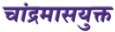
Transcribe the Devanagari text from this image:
चांद्रमासयुक्त